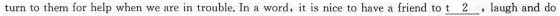
turn to them for help when we are in trouble, In a word,it is nice to have a friend to \underline{t 2} ,laugh and do